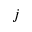
j